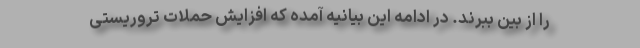
را از بین ببرند. در ادامه این بیانیه آمده که افزایش حملات تروریستی